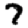
Digit: 7